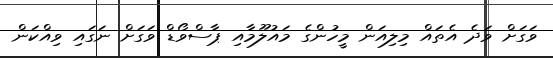
ވަގަށް ވަދެ އެތައް މިލިއަން މީހުންގެ މައުލޫމާއި ޕާސްވޯޑް ވަގަށް ނަގައި ވިއްކަން